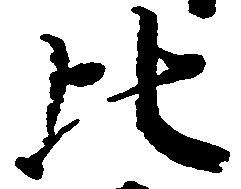
比